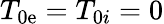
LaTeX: T_{0\mathrm{e}}=T_{0i}=0